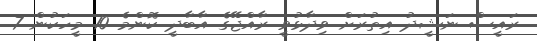
ރައީސް ނަޝީދު އިތުރަށް ވިދާޅުވީ ރާއްޖޭގެ އާބާދީ ކޮންމެ 10 މީހަކުން 7